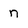
Character: n